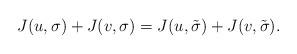
LaTeX: \begin{align*}J(u,\sigma)+J(v,\sigma)=J(u,\tilde{\sigma})+J(v,\tilde{\sigma}).\end{align*}